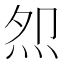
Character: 𭴕